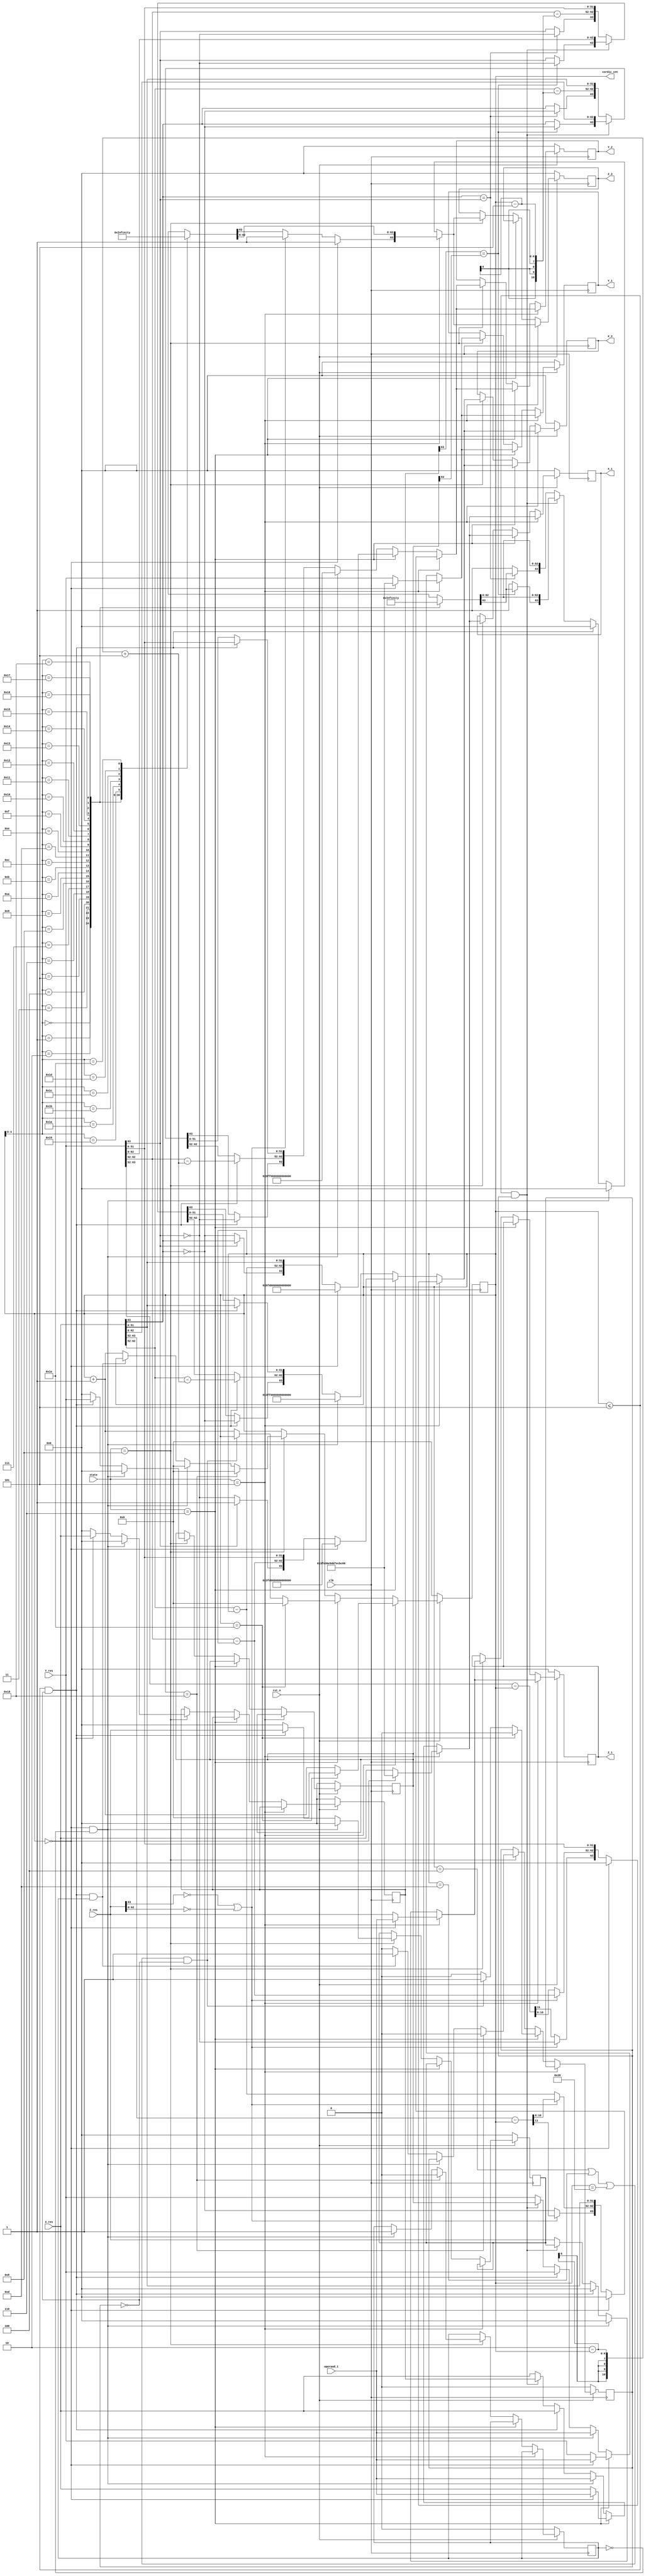
module cordic
(
input clk,
input rst_n,
input [63:0] operand_1,
input [63:0] X_res, Y_res, Z_res,
input [3:0] state,
output reg [5:0] cordic_cnt,
output reg [63:0] Z_1, Z_2,       // the output to the add module
output reg [63:0] X_1, X_2, 
output reg [63:0] Y_1, Y_2
);

wire [63:0] atan_table [0:30];
wire [63:0] h_table [0:24];
reg [63:0] new_X_1, new_X_2;
reg [63:0] new_Y_1, new_Y_2;
reg [63:0] new_Z_1, new_Z_2;
reg [63:0] X_tmp, new_X_tmp;
reg [63:0] Y_tmp, new_Y_tmp;
reg [63:0] Z_tmp, new_Z_tmp;
reg need_repeated;
reg need_bias;

parameter IDLE = 4'd0, COMP = 4'd1, ADD = 4'd2, MUL = 4'd3, DIV = 4'd4, SIN_COS = 4'd5, SQUARE_ROOT = 4'd6, CORRECT_MODE = 4'd7, NATURAL_LOG = 4'd8;
integer i;

always @(posedge clk) begin
    if (~rst_n) begin
        cordic_cnt <= 0;
        X_1 <= 0;
        X_2 <= 0;
        Y_1 <= 0;
        Y_2 <= 0;
        Z_1 <= 0;
        Z_2 <= 0;
        need_repeated <= 0;
        X_tmp <= 0;
        Y_tmp <= 0;
        Z_tmp <= 0;
        need_bias <= 0;
    end
    else begin
        if (state == SIN_COS) begin
            if (cordic_cnt == 30)
                cordic_cnt <= 0;
            else
                cordic_cnt <= cordic_cnt + 1;
            X_1 <= new_X_1;
            X_2 <= new_X_2;
            Y_1 <= new_Y_1;
            Y_2 <= new_Y_2;
            Z_1 <= new_Z_1;
            Z_2 <= new_Z_2;
        end
        else if (state == SQUARE_ROOT) begin
            //need_bias <= new_need_bias;
            if (cordic_cnt == 30) begin
                cordic_cnt <= 0;
                need_repeated <= 0;
            end
            else if ((cordic_cnt == 4 || cordic_cnt == 13 || cordic_cnt == 40) && need_repeated == 0) begin
                cordic_cnt <= cordic_cnt;
                need_repeated <= 1;
            end
            else begin
                cordic_cnt <= cordic_cnt + 1;
                need_repeated <= 0;
            end

            X_1 <= new_X_1;
            X_2 <= new_X_2;
            Y_1 <= new_Y_1;
            Y_2 <= new_Y_2;
        end
        else if (state == NATURAL_LOG) begin
            if (cordic_cnt == 24) begin
                cordic_cnt <= 0;
                need_repeated <= 0;
                need_bias <= 0;
            end
            else if (cordic_cnt == 0 && need_bias == 0) begin
                cordic_cnt <= 0;
                need_bias <= 1;
            end
            else if (cordic_cnt <= 5 && need_repeated == 0 && need_bias == 1) begin
                cordic_cnt <= cordic_cnt;
                need_repeated <= 1;
            end
            else begin
                cordic_cnt <= cordic_cnt + 1;
                need_repeated <= 0;
            end
            X_1 <= new_X_1;
            X_2 <= new_X_2;
            X_tmp <= new_X_tmp;
            Y_1 <= new_Y_1;
            Y_2 <= new_Y_2;
            Y_tmp <= new_Y_tmp;
            Z_1 <= new_Z_1;
            Z_2 <= new_Z_2;
            Z_tmp <= new_Z_tmp;

        end
    end
end

always @* begin
    new_X_1 = 0;
    new_X_2 = 0;
    new_Y_1 = 0;
    new_Y_2 = 0;
    new_Z_1 = 0;
    new_Z_2 = 0;
    new_X_tmp = 0;
    new_Y_tmp = 0;
    new_Z_tmp = 0;

    if (state == SIN_COS) begin
        if (cordic_cnt == 0) begin
            new_X_1 = 64'b0011111111100011011011101001110111010111111011001011101110000000;   //0.607253
            new_X_2 = 0;

            new_Y_1 = 64'b0011111111100011011011101001110111010111111011001011101110000000;
            new_Y_2 = 0;

            new_Z_1 = operand_1;
            new_Z_2[63] = 1;
            new_Z_2[62:0] = atan_table[cordic_cnt][62:0];
        end
        else if (Z_res[63] == 0 || Z_res[62:0] == 0) begin
            new_X_1 = X_res;
            new_Y_1 = Y_res;
            new_Z_1 = Z_res;
            
            new_X_2[63] = ~Y_res[63];
            new_X_2[62:52] = Y_res[62:52] - cordic_cnt;
            new_X_2[51:0] = Y_res[51:0];

            new_Y_2[63:52] = X_res[63:52] - cordic_cnt;
            new_Y_2[51:0] = X_res[51:0];

            new_Z_2[63] = 1;
            new_Z_2[62:0]= atan_table[cordic_cnt][62:0];
        end
        else begin
            new_X_1 = X_res;
            new_Y_1 = Y_res;
            new_Z_1 = Z_res;

            new_X_2[63:52] = Y_res[63:52] - cordic_cnt;
            new_X_2[51:0] = Y_res[51:0];

            new_Y_2[63] = ~X_res[63];
            new_Y_2[62:52] = X_res[62:52] - cordic_cnt;
            new_Y_2[51:0] = X_res[51:0];

            new_Z_2 = atan_table[cordic_cnt];
        end
    end
    else if (state == SQUARE_ROOT) begin
        if (cordic_cnt == 0) begin
            new_X_1 = operand_1;
            new_X_2 = 64'b0011111111010000000000000000000000000000000000000000000000000000;

            new_Y_1 = operand_1;
            new_Y_2 = 64'b1011111111010000000000000000000000000000000000000000000000000000;
        end
        else begin
            if (Y_res[63] == 1) begin    // y < 0, di = 1
                new_X_1 = X_res;
                new_X_2[63] = Y_res[63];
                new_X_2[62:52] = Y_res[62:52] - cordic_cnt;
                new_X_2[51:0] = Y_res[51:0];

                new_Y_1 = Y_res;
                new_Y_2[63] = X_res[63];
                new_Y_2[62:52] = X_res[62:52] - cordic_cnt;
                new_Y_2[51:0] = X_res[51:0];
            end
            else begin
                new_X_1 = X_res;
                new_X_2[63] = ~Y_res[63];
                new_X_2[62:52] = Y_res[62:52] - cordic_cnt;
                new_X_2[51:0] = Y_res[51:0];

                new_Y_1 = Y_res;
                new_Y_2[63] = ~X_res[63];
                new_Y_2[62:52] = X_res[62:52] - cordic_cnt;
                new_Y_2[51:0] = X_res[51:0];
            end
        end
    end
    else if (state == NATURAL_LOG) begin
        if (cordic_cnt == 0 && need_bias == 0) begin
            new_X_1 = operand_1;
            new_X_2 = 64'b0011111111110000000000000000000000000000000000000000000000000000;

            new_Y_1 = operand_1;
            new_Y_2 = 64'b1011111111110000000000000000000000000000000000000000000000000000;

            new_Z_1 = 0;
            new_Z_2 = 0;
        end
        else if (cordic_cnt <= 5 && need_repeated == 0) begin   // retain value of Xres & Yres;
            new_X_tmp = X_res;
            new_Y_tmp = Y_res;
            new_Z_tmp = Z_res;

            new_X_1 = X_res;
            new_X_2[63] = ~X_res[63];
            new_X_2[62:52] = X_res[62:52] - (2 - cordic_cnt + 5);
            new_X_2[51:0] = X_res[51:0];

            new_Y_1 = Y_res;
            new_Y_2[63] = ~Y_res[63];
            new_Y_2[62:52] = Y_res[62:52] - (2 - cordic_cnt + 5);
            new_Y_2[51:0] = Y_res[51:0];

            new_Z_1 = 0;
            //new_Z_2 = h_table[cordic_cnt];
            new_Z_2 = 0;
        end
        else if (cordic_cnt <= 5 && need_repeated == 1) begin       
            if (X_tmp[63] == Y_tmp[63]) begin
                new_X_1 = X_tmp;
                new_X_2[63] = ~Y_res[63];
                new_X_2[62:0] = Y_res[62:0];

                new_Y_1 = Y_tmp;
                new_Y_2[63] = ~X_res[63];
                new_Y_2[62:0] = X_res[62:0];

                new_Z_1 = Z_tmp;
                new_Z_2 = h_table[cordic_cnt];
            end
            else begin
                new_X_1 = X_tmp;
                new_X_2 = Y_res;

                new_Y_1 = Y_tmp;
                new_Y_2 = X_res;

                new_Z_1 = Z_tmp;
                new_Z_2[63] = 1;
                new_Z_2[62:0] = h_table[cordic_cnt][62:0];
            end
        end
        else begin
            if (X_res[63] == Y_res[63]) begin
                new_X_1 = X_res;
                new_X_2[63] = ~Y_res[63];
                new_X_2[62:52] = Y_res[62:52] - (cordic_cnt - 5);
                new_X_2[51:0] = Y_res[51:0];

                new_Y_1 = Y_res;
                new_Y_2[63] = ~X_res[63];
                new_Y_2[62:52] = X_res[62:52] - (cordic_cnt - 5);
                new_Y_2[51:0] = X_res[51:0];

                new_Z_1 = Z_res;
                new_Z_2 = h_table[cordic_cnt];
            end
            else begin
                new_X_1 = X_res;
                new_X_2[63] = Y_res[63];
                new_X_2[62:52] = Y_res[62:52] - (cordic_cnt - 5);
                new_X_2[51:0] = Y_res[51:0];

                new_Y_1 = Y_res;
                new_Y_2[63] = X_res[63];
                new_Y_2[62:52] = X_res[62:52] - (cordic_cnt - 5);
                new_Y_2[51:0] = X_res[51:0];

                new_Z_1 = Z_res;
                new_Z_2[63] = 1;
                new_Z_2[62:0] = h_table[cordic_cnt][62:0];
            end
        end
    end
end

assign atan_table[0] = 64'b0100000001000110100000000000000000000000000000000000000000000000;  // 45       +5
assign atan_table[1] = 64'b0100000000111010100100001010011100110001101001100001110111000011;  // 26.5651
assign atan_table[2] = 64'b0100000000101100000100101000111010000000111110101110000000101110;  // 14.6262
assign atan_table[3] = 64'b0100000000011100100000000000010001001001001001111111111010000100;
assign atan_table[4] = 64'b0100000000001100100111000101010100110010011000010110010011010001;
assign atan_table[5] = 64'b0011111111111100101000110111100101001110010100101110001010100110;
assign atan_table[6] = 64'b0011111111101100101001010100001101010110001100110000111010110010;
assign atan_table[7] = 64'b0011111111011100101001011011010111101000010001001001111101110000;
assign atan_table[8] = 64'b0011111111001100101001011101001010001101110010101100100101000000;
assign atan_table[9] = 64'b0011111110111100101001011101100110110111001111000111000011001110;
assign atan_table[10] = 64'b0011111110101100101001011101101110000001100110011101110010101011;
assign atan_table[11] = 64'b0011111110011100101001011101101111110100001100010100011111100011;
assign atan_table[12] = 64'b0011111110001100101001011101110000010000110101110010001101000010;
assign atan_table[13] = 64'b0011111101111100101001011101110000011000000000001001101010101001;
assign atan_table[14] = 64'b0011111101101100101001011101110000011001110010101111011111110011;
assign atan_table[15] = 64'b0011111101011100101001011101110000011010001111011000011101100100;
assign atan_table[16] = 64'b0011111101001100101001011101110000011010010110100011010101011001;
assign atan_table[17] = 64'b0011111100111100101001011101110000011010011000010101111011010001;
assign atan_table[18] = 64'b0011111100101100101001011101110000011010011000110010100100101100;
assign atan_table[19] = 64'b0011111100011100101001011101110000011010011000111001101111000110;
assign atan_table[20] = 64'b0011111100001100101001011101110000011010011000111011100001101011;
assign atan_table[21] = 64'b0011111011111100101001011101110000011010011000111011111110010100;       // -16
assign atan_table[22] = 64'b0011111011101100101001011101110000011010011000111100000101011101;       // -17  
assign atan_table[23] = 64'b0011111011011100101001011101110000011010011000111100000111010001;
assign atan_table[24] = 64'b0011111011001100101001011101110000011010011000111100000111101101;
assign atan_table[25] = 64'b0011111010111100101001011101110000011010011000111100000111110100;
assign atan_table[26] = 64'b0011111010101100101001011101110000011010011000111100000111110111;
assign atan_table[27] = 64'b0011111010011100101001011101110000011010011000111100000111110111;
assign atan_table[28] = 64'b0011111010001100101001011101110000011010011000111100000111111001;
assign atan_table[29] = 64'b0011111001111100101001011101110000011010011000111100000111110101;
assign atan_table[30] = 64'b0011111001101100101001011101110000011010011000111100000111111000;
/*
assign atan_table[31] = 64'b0011111001011100101001011101110000011010011000111100000111111000; 
assign atan_table[32] = 64'b0011111001001100101001011101110000011010011000111100000111110101;  
assign atan_table[33] = 64'b0011111000111100101001011101110000011010011000111100000111111000;
assign atan_table[34] = 64'b0011111000101100101001011101110000011010011000111100000111111001;
assign atan_table[35] = 64'b0011111000011100101001011101110000011010011000111100000111110111;
assign atan_table[36] = 64'b0011111000001100101001011101110000011010011000111100000111111000;
assign atan_table[37] = 64'b0011110111111100101001011101110000011010011000111100000111111001;
assign atan_table[38] = 64'b0011110111101100101001011101110000011010011000111100000111110111;
assign atan_table[39] = 64'b0011110111011100101001011101110000011010011000111100000111110111;
assign atan_table[40] = 64'b0011110111001100101001011101110000011010011000111100000111111000;
assign atan_table[41] = 64'b0011110110111100101001011101110000011010011000111100000111111000;
assign atan_table[42] = 64'b0011110110101100101001011101110000011010011000111100000111110101;
assign atan_table[43] = 64'b0011110110011100101001011101110000011010011000111100000111111000;
assign atan_table[44] = 64'b0011110110001100101001011101110000011010011000111100000111111000;
assign atan_table[45] = 64'b0011110101111100101001011101110000011010011000111100000111111010;
assign atan_table[46] = 64'b0011110101101100101001011101110000011010011000111100000111111000;
assign atan_table[47] = 64'b0011110101011100101001011101110000011010011000111100000111110111;
assign atan_table[48] = 64'b0011110101001100101001011101110000011010011000111100000111111001;
assign atan_table[49] = 64'b0011110100111100101001011101110000011010011000111100000111110101;
assign atan_table[50] = 64'b0011110100101100101001011101110000011010011000111100000111111000;
assign atan_table[51] = 64'b0011110100011100101001011101110000011010011000111100000111110111;   
assign atan_table[52] = 64'b0011110100001100101001011101110000011010011000111100000111111010;        
assign atan_table[53] = 64'b0011110011111100101001011101110000011010011000111100000111111001;
assign atan_table[54] = 64'b0011110011101100101001011101110000011010011000111100000111111001;
assign atan_table[55] = 64'b0011110011011100101001011101110000011010011000111100000111110110;
assign atan_table[56] = 64'b0011110011001100101001011101110000011010011000111100000111111000;
assign atan_table[57] = 64'b0011110010111100101001011101110000011010011000111100000111111000;
assign atan_table[58] = 64'b00110100011001010010111011100001;
assign atan_table[59] = 64'b00110011111001010010111011100001;
assign atan_table[60] = 64'b00110011011001010010111011100001;
*/

assign h_table[0] = 64'b0100000000000110001010100100000011111101101000111110001111001100;   // idx = -5
assign h_table[1] = 64'b0100000000000011011000000111001010010100011000000010111001000011;
assign h_table[2] = 64'b0100000000000000100100101001000111101000111000110001100000011010;
assign h_table[3] = 64'b0011111111111011011110001100111001001000100100010010101101011001;
assign h_table[4] = 64'b0011111111110101101010100001011000111001010011010100100000011111;
assign h_table[5] = 64'b0011111111101111001000100111001010101110001100100101101001011010;  // idx = 0
assign h_table[6] = 64'b0011111111100001100100111110101001111010101011010000001100001100;  // idx = 1
assign h_table[7] = 64'b0011111111010000010110001010111011111010100000010001010001001011;
assign h_table[8] = 64'b0011111111000000000101011000100100011100100111101010111011110110;
assign h_table[9] = 64'b0011111110110000000001010101100010001010110100110111010110101100;
assign h_table[10] = 64'b0011111110100000000000010101010110001000100100011010111011100011;
assign h_table[11] = 64'b0011111110010000000000000101010101011000100010001010110011100000;
assign h_table[12] = 64'b0011111110000000000000000001010101010101100010001000100000101000;
assign h_table[13] = 64'b0011111101110000000000000000010101010101010110001000100101010011;
assign h_table[14] = 64'b0011111101100000000000000000000101010101010101011000110010010110;
assign h_table[15] = 64'b0011111101010000000000000000000001010101010101010101100010001001;
assign h_table[16] = 64'b0011111101000000000000000000000000010101010101010101010110001000;
assign h_table[17] = 64'b0011111100110000000000000000000000000101010101010101010101011001;
assign h_table[18] = 64'b0011111100100000000000000000000000000001010101010101010101010101;
assign h_table[19] = 64'b0011111100010000000000000000000000000000010101010101010101010101;
assign h_table[20] = 64'b0011111100000000000000000000000000000000000101010101010101010101;
assign h_table[21] = 64'b0011111011110000000000000000000000000000000001010101010101010110;
assign h_table[22] = 64'b0011111011100000000000000000000000000000000000010101010101010101;
assign h_table[23] = 64'b0011111011010000000000000000000000000000000000000101010101010100;
assign h_table[24] = 64'b0011111011000000000000000000000000000000000000000001010101010101;
/*
assign h_table[25] = 64'b0011111010110000000000000000000000000000000000000000010101010101;
assign h_table[26] = 64'b0011111010100000000000000000000000000000000000000000000101010101;
assign h_table[27] = 64'b0011111010010000000000000000000000000000000000000000000001010101;
assign h_table[28] = 64'b0011111010000000000000000000000000000000000000000000000000010101;
assign h_table[29] = 64'b0011111001110000000000000000000000000000000000000000000000000101;
*/
endmodule